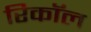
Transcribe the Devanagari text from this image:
रिकाॅल